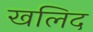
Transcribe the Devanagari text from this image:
खलिद